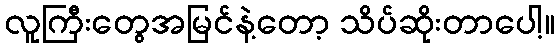
လူကြီးတွေအမြင်နဲ့တော့ သိပ်ဆိုးတာပေါ့။